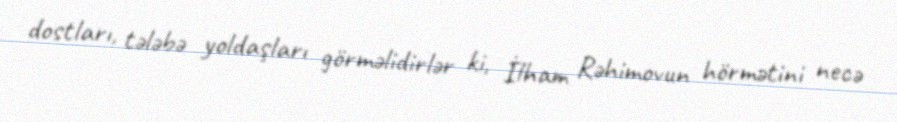
dostları, tələbə yoldaşları görməlidirlər ki, İlham Rəhimovun hörmətini necə